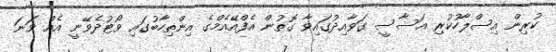
ކުރިން އިސްލާހުކުރި އަސާސީ ގަވާއިދުގައިވާ ގޮތުން އެފްއޭއެމްގެ އިންތިހާބުގައި ވޯޓުދެވޭނީ އެއް ވަނަ